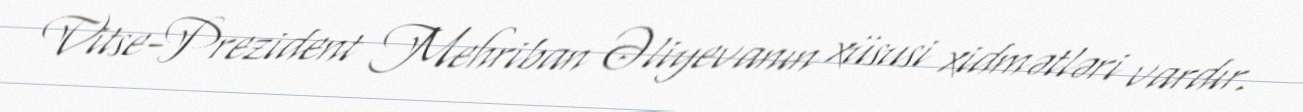
Vitse-Prezident Mehriban Əliyevanın xüsusi xidmətləri vardır.